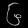
Digit: ၆